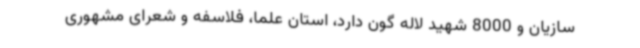
سازیان و 8000 شهید لاله گون دارد، استان علما، فلاسفه و شعرای مشهوری